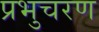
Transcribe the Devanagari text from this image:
प्रभुचरण